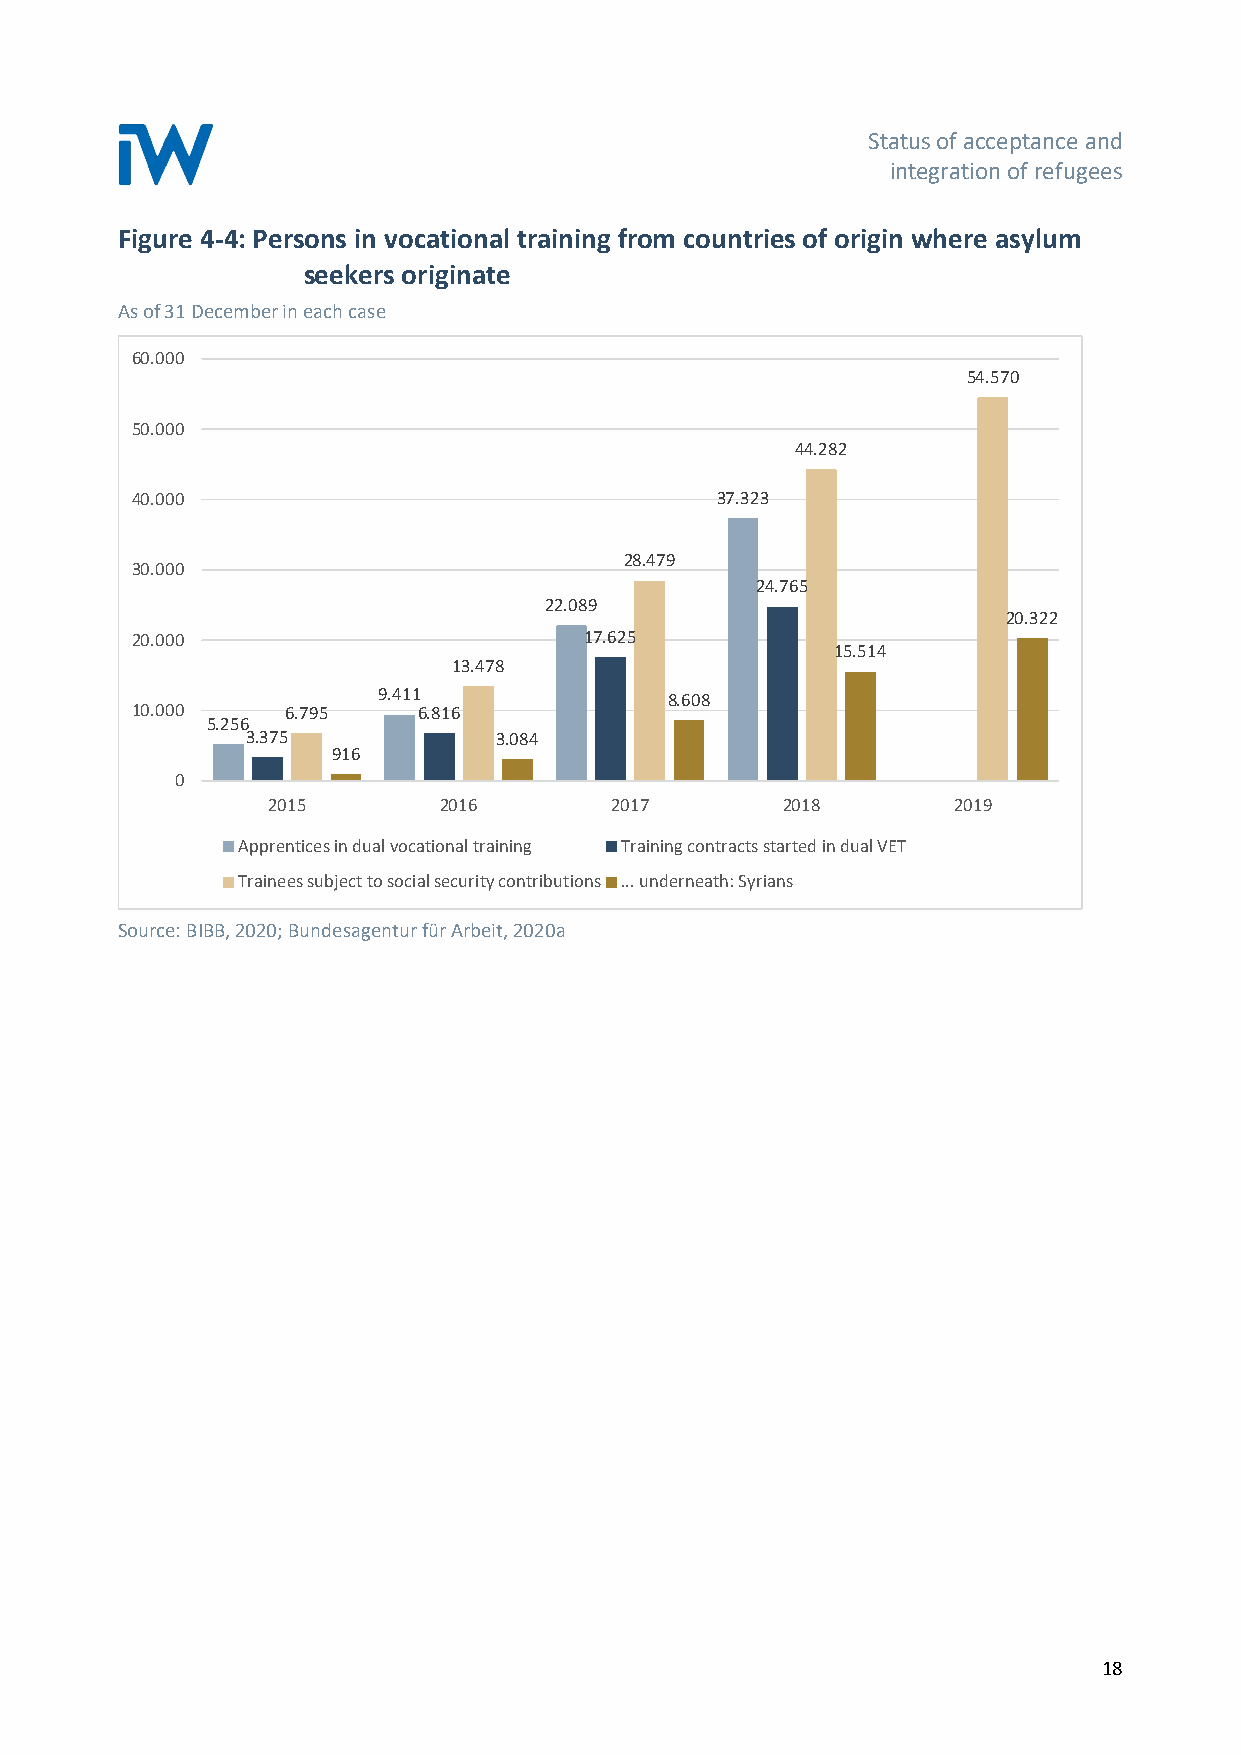
Status of acceptance and
 integration of refugees
 Figure 4-4: Persons in vocational training from countries of origin where asylum
 seekers originate
 As of 31 December in each case
 60.000
 54.570
 50.000
 44.282
 40.000                                37.323
 28.479
 30.000
 24.765
 22.089
 20.322
 20.000                        17.625
 15.514
 13.478
 9.411              8.608
 10.000    6.795    6.816
 5.256
 3.375            3.084
 916
 0
 2015       2016       2017        2018       2019
 Apprentices in dual vocational training Training contracts started in dual VET
 Trainees subject to social security contributions ... underneath: Syrians
 Source: BIBB, 2020; Bundesagentur für Arbeit, 2020a
 18